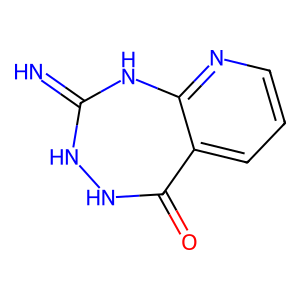
SMILES: N=C1NNC(=O)c2cccnc2N1
Inhibits HIV replication: No